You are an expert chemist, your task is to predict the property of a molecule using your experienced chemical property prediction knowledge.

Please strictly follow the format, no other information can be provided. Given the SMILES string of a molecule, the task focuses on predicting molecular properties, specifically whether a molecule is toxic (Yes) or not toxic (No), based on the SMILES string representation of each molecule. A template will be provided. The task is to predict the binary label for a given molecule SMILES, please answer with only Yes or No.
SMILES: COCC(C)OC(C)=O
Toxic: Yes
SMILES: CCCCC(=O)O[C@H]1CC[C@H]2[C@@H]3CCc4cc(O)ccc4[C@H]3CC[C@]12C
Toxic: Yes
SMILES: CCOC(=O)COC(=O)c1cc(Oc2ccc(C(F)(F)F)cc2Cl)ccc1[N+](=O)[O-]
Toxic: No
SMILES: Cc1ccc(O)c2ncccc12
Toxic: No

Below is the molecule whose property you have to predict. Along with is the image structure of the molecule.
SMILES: CN1C(=O)CN=C(c2ccccc2)c2cc(Cl)ccc21
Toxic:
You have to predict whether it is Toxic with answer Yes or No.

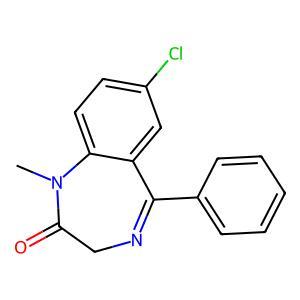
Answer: No